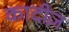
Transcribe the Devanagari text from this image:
कादीज़